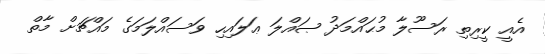
އެއީ ކީރިތި ރަސޫލާ މުޙައްމަދު ޞައްލަ ޢަލައިހި ވަސައްލަމަގެ މައްޗަށް މާތް